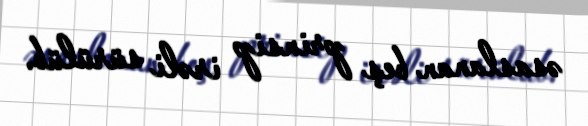
əsaslanan beş prinsip irəli sürülüb.